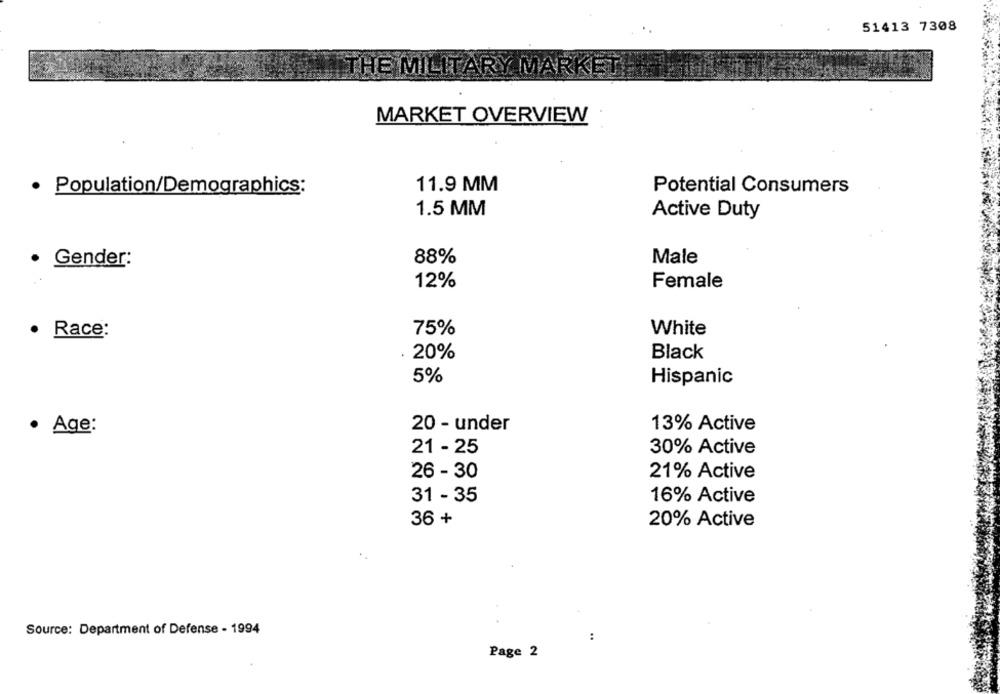
51413 7308
THE MILITARY MARKET
MARKET OVERVIEW
11.9 MM
· Population/Demographics:
Potential Consumers
1.5 MM
Active Duty
.
Gender:
88%
Male
12%
Female
75%
White
Race:
. 20%
Black
5%
Hispanic
· Age:
20 - under
13% Active
21 - 25
30% Active
26 - 30
21% Active
31 - 35
16% Active
36 +
20% Active
Source: Department of Defense - 1994
:
Page 2